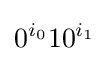
0^{i_{0}}10^{i_{1}}